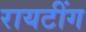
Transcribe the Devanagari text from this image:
रायटींग